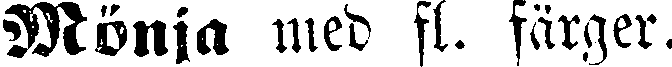
Mönja med fl. färger.